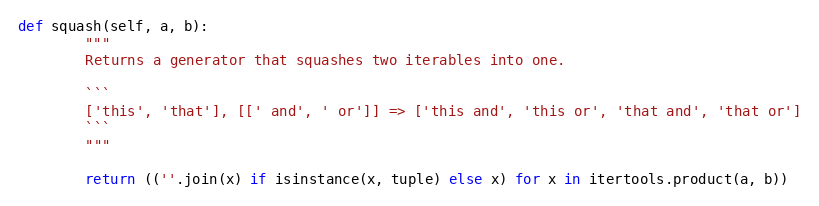
Language: Python
def squash(self, a, b):
        """
        Returns a generator that squashes two iterables into one.

        ```
        ['this', 'that'], [[' and', ' or']] => ['this and', 'this or', 'that and', 'that or']
        ```
        """

        return ((''.join(x) if isinstance(x, tuple) else x) for x in itertools.product(a, b))